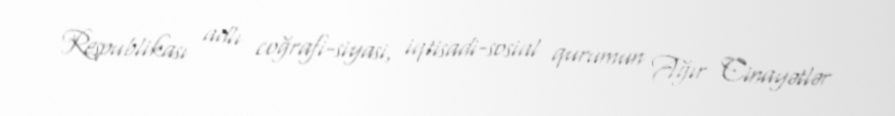
Respublikası adlı coğrafi-siyasi, iqtisadi-sosial qurumun Ağır Cinayətlər